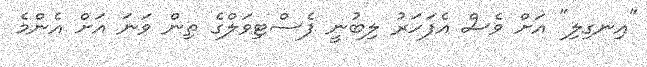
"އިނގިލި" އަށް ވެސް އެފަހަރު ލިބުނީ ފެސްޓިވަލްގެ ތިން ވަނަ އަށް އެންމެ